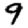
Digit: 9